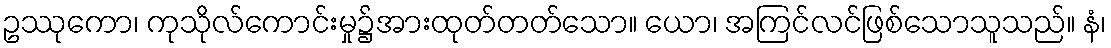
ဥဿုကော၊ ကုသိုလ်ကောင်းမှု၌အားထုတ်တတ်သော။ ယော၊ အကြင်လင်ဖြစ်သောသူသည်။ နံ၊